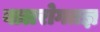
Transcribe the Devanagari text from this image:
बालरोगतज्ञ